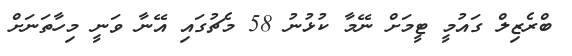
ބްރެޒިލް ގައުމީ ޓީމަށް ނޭމާ ކުޅުނު 58 މެޗުގައި އޭނާ ވަނީ މިހާތަނަށް